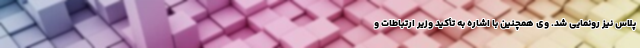
پلاس نیز رونمایی شد. وی همچنین با اشاره به تأکید وزیر ارتباطات و